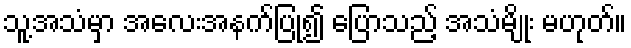
သူ့အသံမှာ အလေးအနက်ပြု၍ ပြောသည့် အသံမျိုး မဟုတ်။